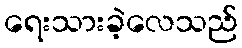
ရေးသားခဲ့လေသည်